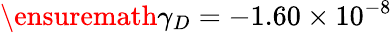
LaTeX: \ensuremath{\gamma}_{D}=-1.60\times 10^{-8}